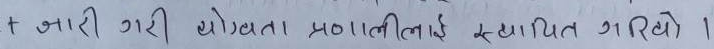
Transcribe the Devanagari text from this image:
जारी गरी योग्यता प्रणालीलाई स्थापित गरियो ।